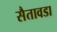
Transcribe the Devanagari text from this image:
सैतावडा